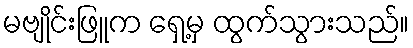
မဗျိုင်းဖြူက ရှေ့မှ ထွက်သွားသည်။